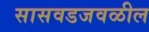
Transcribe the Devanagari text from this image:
सासवडजवळील